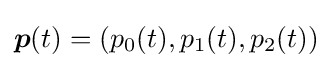
{\boldsymbol {p}}(t)=(p_{0}(t),p_{1}(t),p_{2}(t))